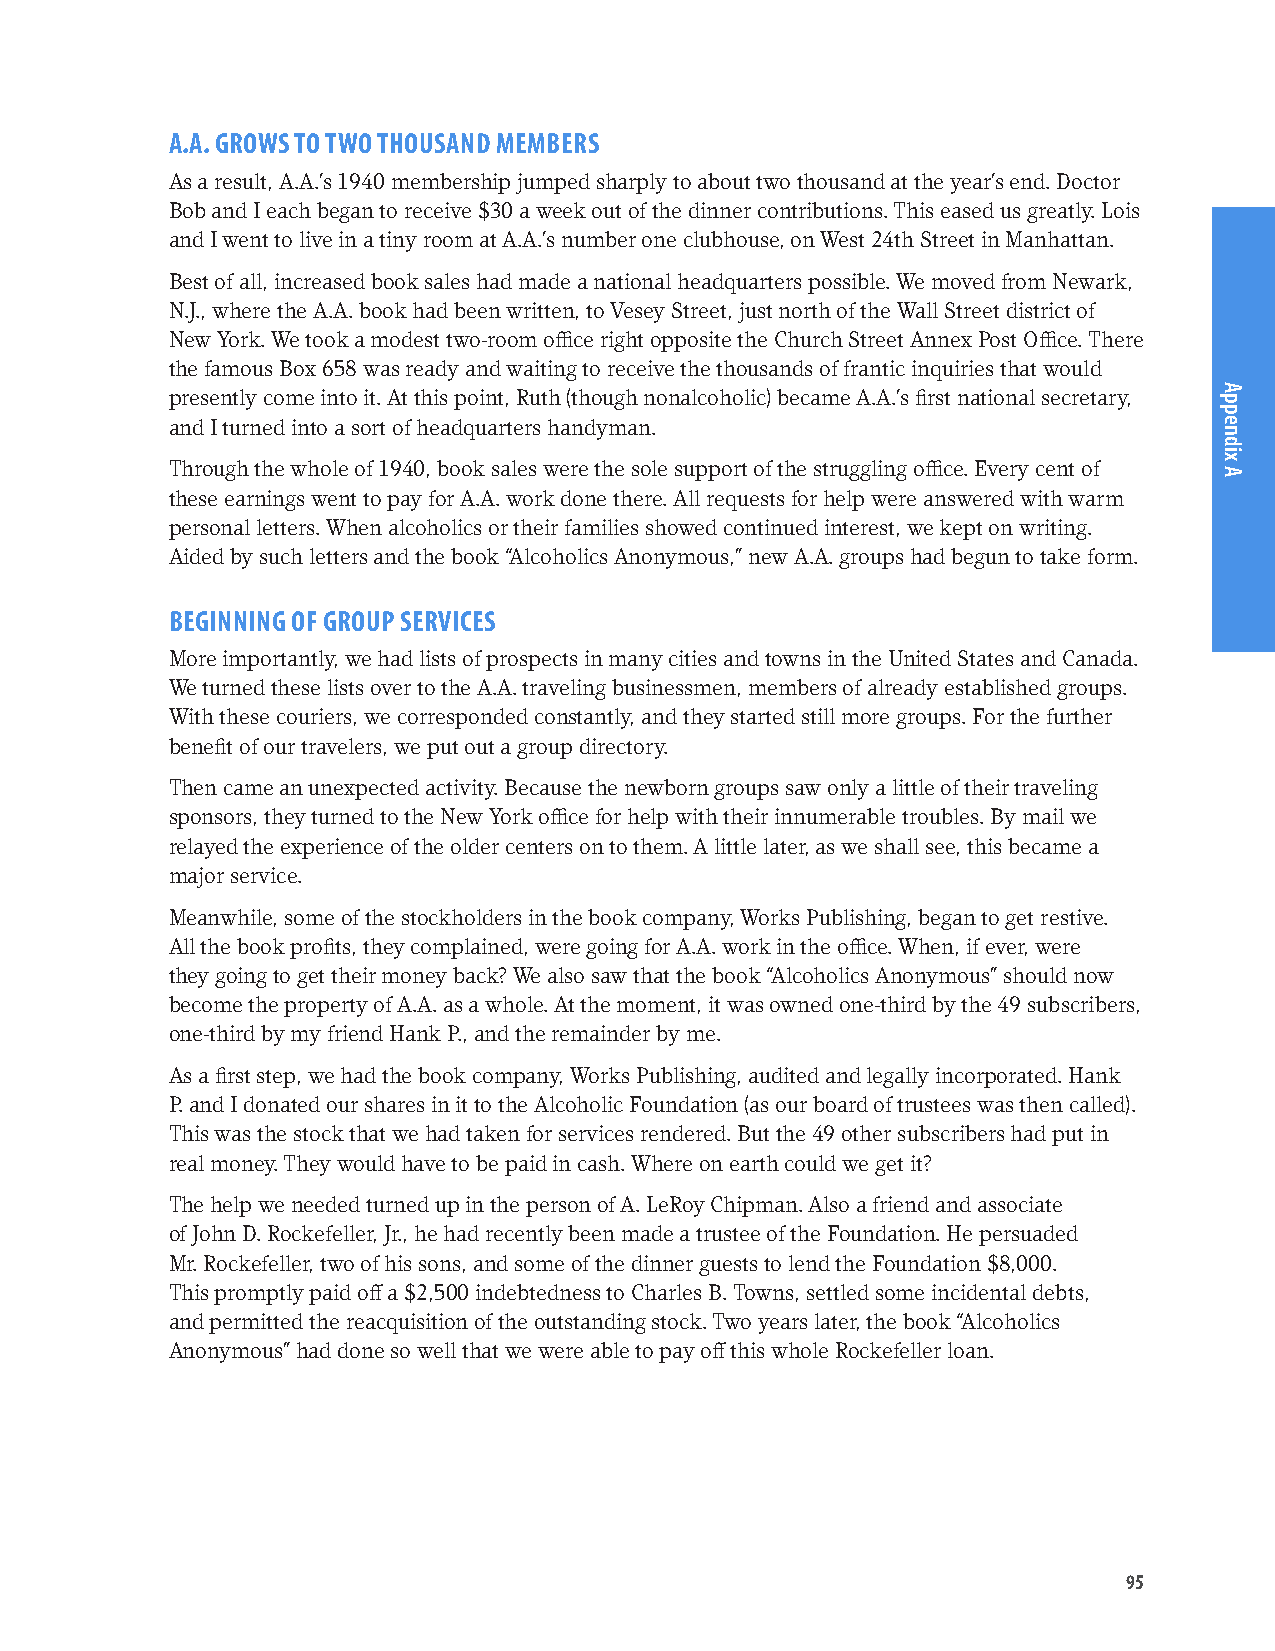
A.A. GROWS TO TWO THOUSAND MEMBERS
 As a result, A.A.’s 1940 membership jumped sharply to about two thousand at the year’s end. Doctor
 Bob and I each began to receive $30 a week out of the dinner cont ributions. This eased us greatly. Lois
 and I went to live in a tiny room at A.A.’s number one clubhouse, on West 24th Street in Manhattan.
 Best of all, increased book sales had made a national headquarters possible. We moved from Newark,
 N.J., where the A.A. book had been written, to Vesey Street, just north of the Wall Street district of
 New York. We took a modest two-room office right opposite the Church Street Annex Post Office. There
 the famous Box 658 was ready and waiting to receive the thousands of frantic inquiries that would
 presently come into it. At this point, Ruth (though nonalcoholic) became A.A.’s first national secretary,
 and I turned into a sort of headquarters handyman.
 Through the whole of 1940, book sales were the sole support of the struggling office. Every cent of
 these earnings went to pay for A.A. work done there. All requests for help were answered with warm
 personal letters. When alcoholics or their families showed continued interest, we kept on writing.
 Aided by such letters and the book “Alcoholics Anonymous,” new A.A. groups had begun to take form.
 BEGINNING OF GROUP SERVICES
 More importantly, we had lists of prospects in many cities and towns in the United States and Canada.
 We turned these lists over to the A.A. traveling businessmen, members of already established groups.
 With these couriers, we corresponded con stantly, and they started still more groups. For the further
 benefit of our travelers, we put out a group directory.
 Then came an unexpected activity. Because the newborn groups saw only a little of their traveling
 sponsors, they turned to the New York office for help with their innumerable troubles. By mail we
 relayed the experience of the older centers on to them. A little later, as we shall see, this became a
 major service.
 Meanwhile, some of the stockholders in the book company, Works Publishing, began to get restive.
 All the book profits, they complained, were going for A.A. work in the office. When, if ever, were
 they going to get their money back? We also saw that the book “Alcoholics Anonymous” should now
 become the property of A.A. as a whole. At the moment, it was owned one-third by the 49 subscribers,
 one-third by my friend Hank P., and the remainder by me.
 As a first step, we had the book company, Works Publishing, audited and legally incorporated. Hank
 P. and I donated our shares in it to the Alcoholic Foundation (as our board of trustees was then called).
 This was the stock that we had taken for services rendered. But the 49 other subscribers had put in
 real money. They would have to be paid in cash. Where on earth could we get it?
 The help we needed turned up in the person of A. LeRoy Chipman. Also a friend and associate
 of John D. Rockefeller, Jr., he had recently been made a trustee of the Foundation. He persuaded
 Mr. Rockefeller, two of his sons, and some of the dinner guests to lend the Foundation $8,000.
 This promptly paid off a $2,500 indebtedness to Charles B. Towns, settled some incidental debts,
 and permitted the reacquisition of the outstanding stock. Two years later, the book “Alcoholics
 Anonymous” had done so well that we were able to pay off this whole Rockefeller loan.
 95
 Appendix
 A